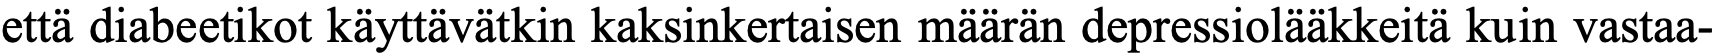
että diabeetikot käyttävätkin kaksinkertaisen määrän depressiolääkkeitä kuin vastaa-